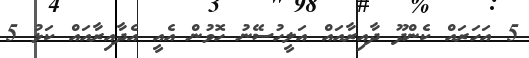
5 އަހަރައް ކެންދޫ ދާއިރާއައް އަލީހުސޭނު ހޮވުން އެއީ އެދާއިރާއައް ކަޅު 5